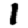
Digit: 1